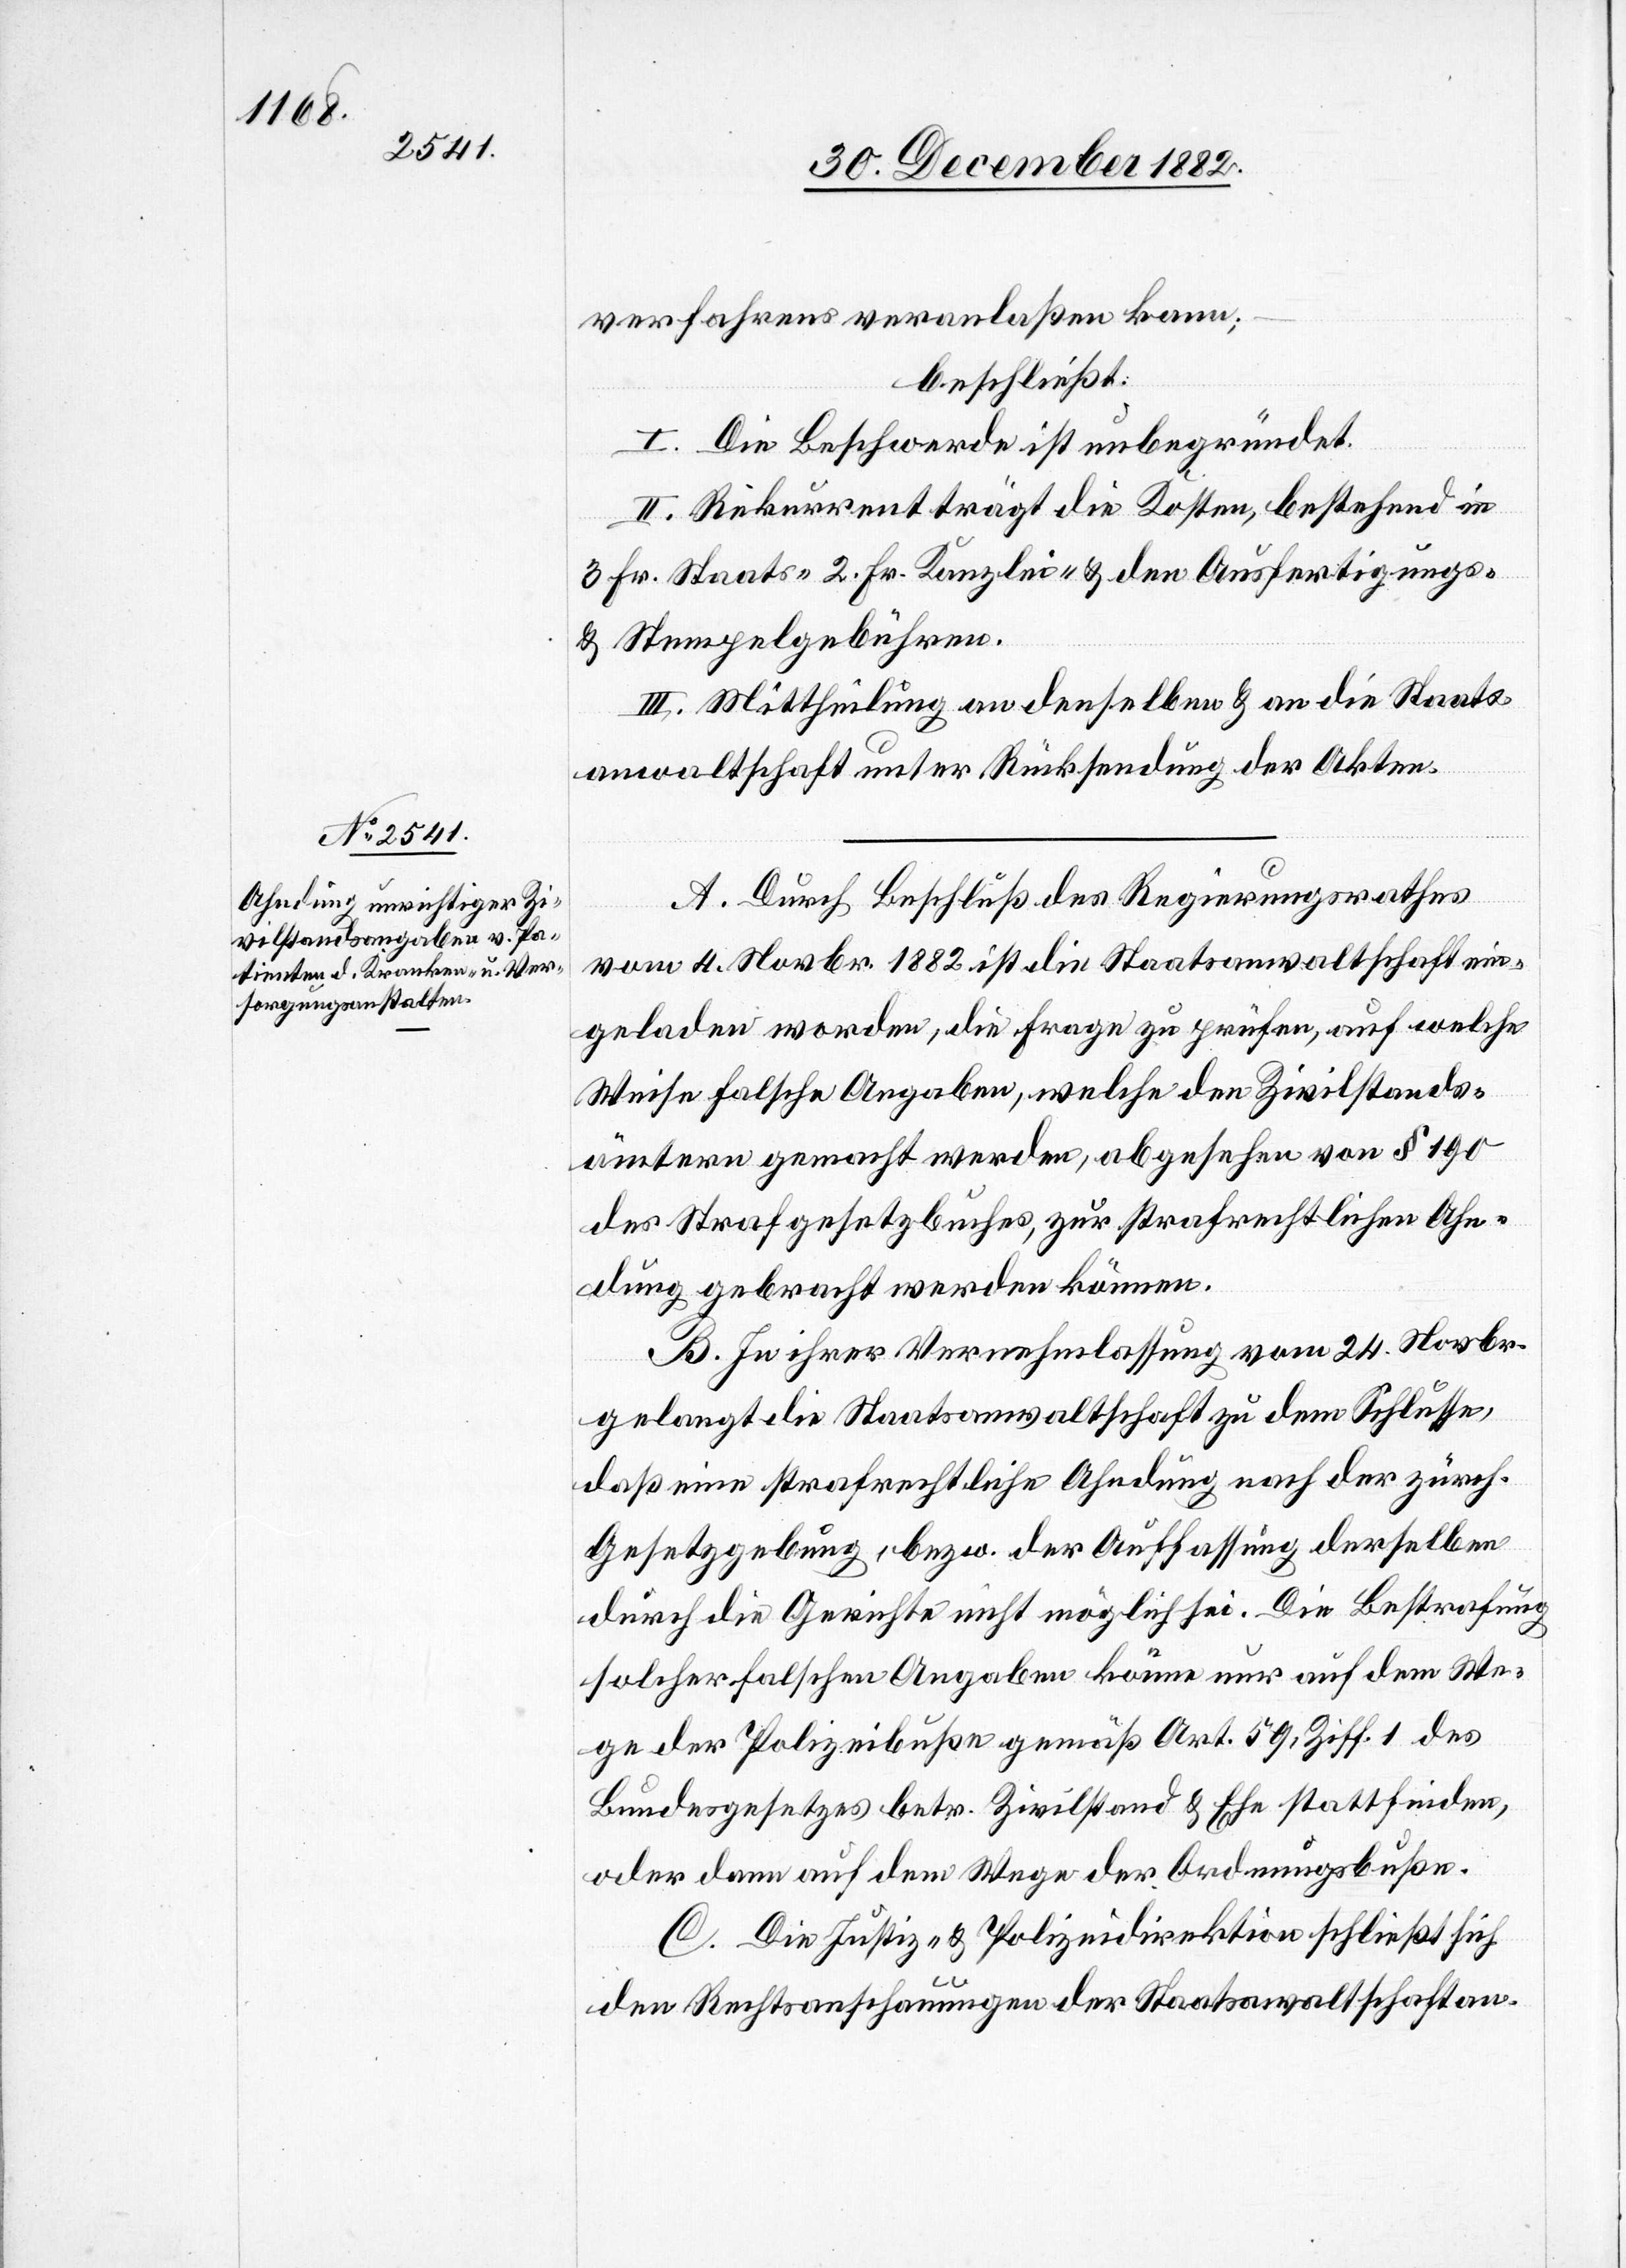
verfahrens veranlaßen kann;
beschließt:
I. Die Beschwerde ist unbegründet.
II. Rekurrent trägt die Kosten, bestehend in
3 Fr. Staats- 2 Fr. Kanzlei- & den Ausfertigungs-
& Stempelgebühren.
III. Mittheilung an denselben & an die Staats¬
anwaltschaft unter Rücksendung der Akten.
A. Durch Beschluß des Regierungsrathes
vom 4. Novbr. 1882 ist die Staatsanwaltschaft ein¬
geladen worden, die Frage zu prüfen, auf welche
Weise falsche Angaben, welche den Zivilstands¬
ämtern gemacht werden, abgesehen von § 190
des Strafgesetzbuches, zur strafrechtlichen Ahn¬
dung gebracht werden können.
B. In ihrer Vernehmlassung vom 24. Novbr.
gelangt die Staatsanwaltschaft zu dem Schlusse,
daß eine strafrechtliche Ahndung nach der zürch.
Gesetzgebung, bezw. der Auffassung derselben
durch die Gerichte nicht möglich sei. Die Bestrafung
solcher falschen Angaben können nur auf dem We¬
ge der Polizeibuße gemäß Art. 59, Ziff. 1 des
Bundesgesetzes betr. Zivilstand & Ehe stattfinden,
oder dann auf dem Wege der Ordnungsbuße.
C. Die Justiz- & Polizeidirektion schließt sich
den Rechtsanschauungen der Staatsanwaltschaft an.